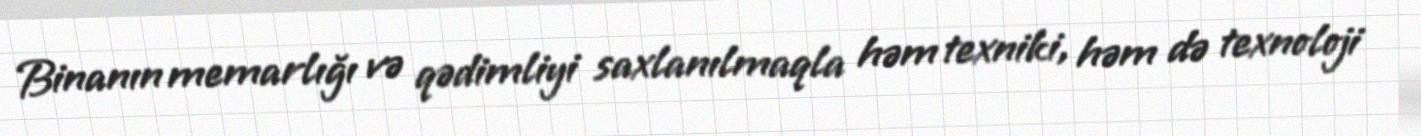
Binanın memarlığı və qədimliyi saxlanılmaqla həm texniki, həm də texnoloji